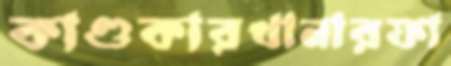
কাণ্ডকারখানারফা